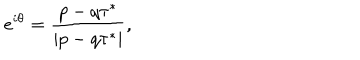
e ^ { i \theta } = { \frac { p - q \tau ^ { * } } { | p - q \tau ^ { * } | } } ,